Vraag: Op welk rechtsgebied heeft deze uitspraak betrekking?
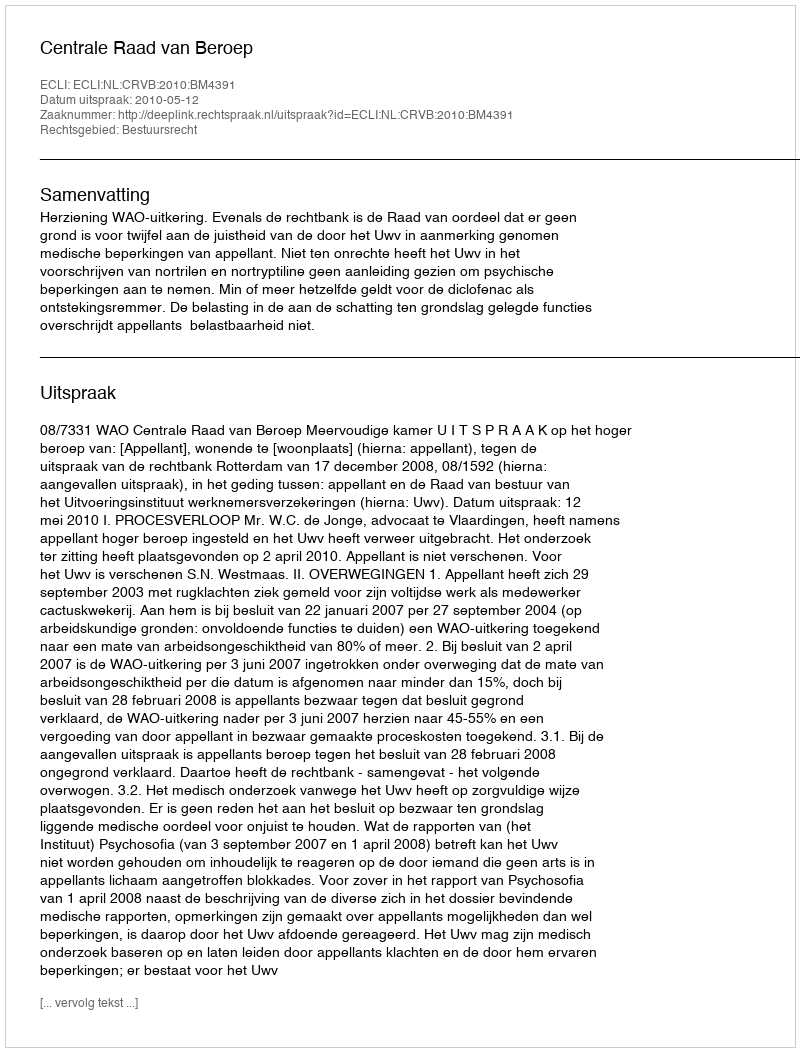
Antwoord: Bestuursrecht